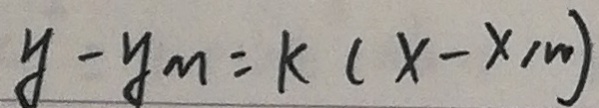
y - y _ { m } = k ( x - x _ { 1 w } )